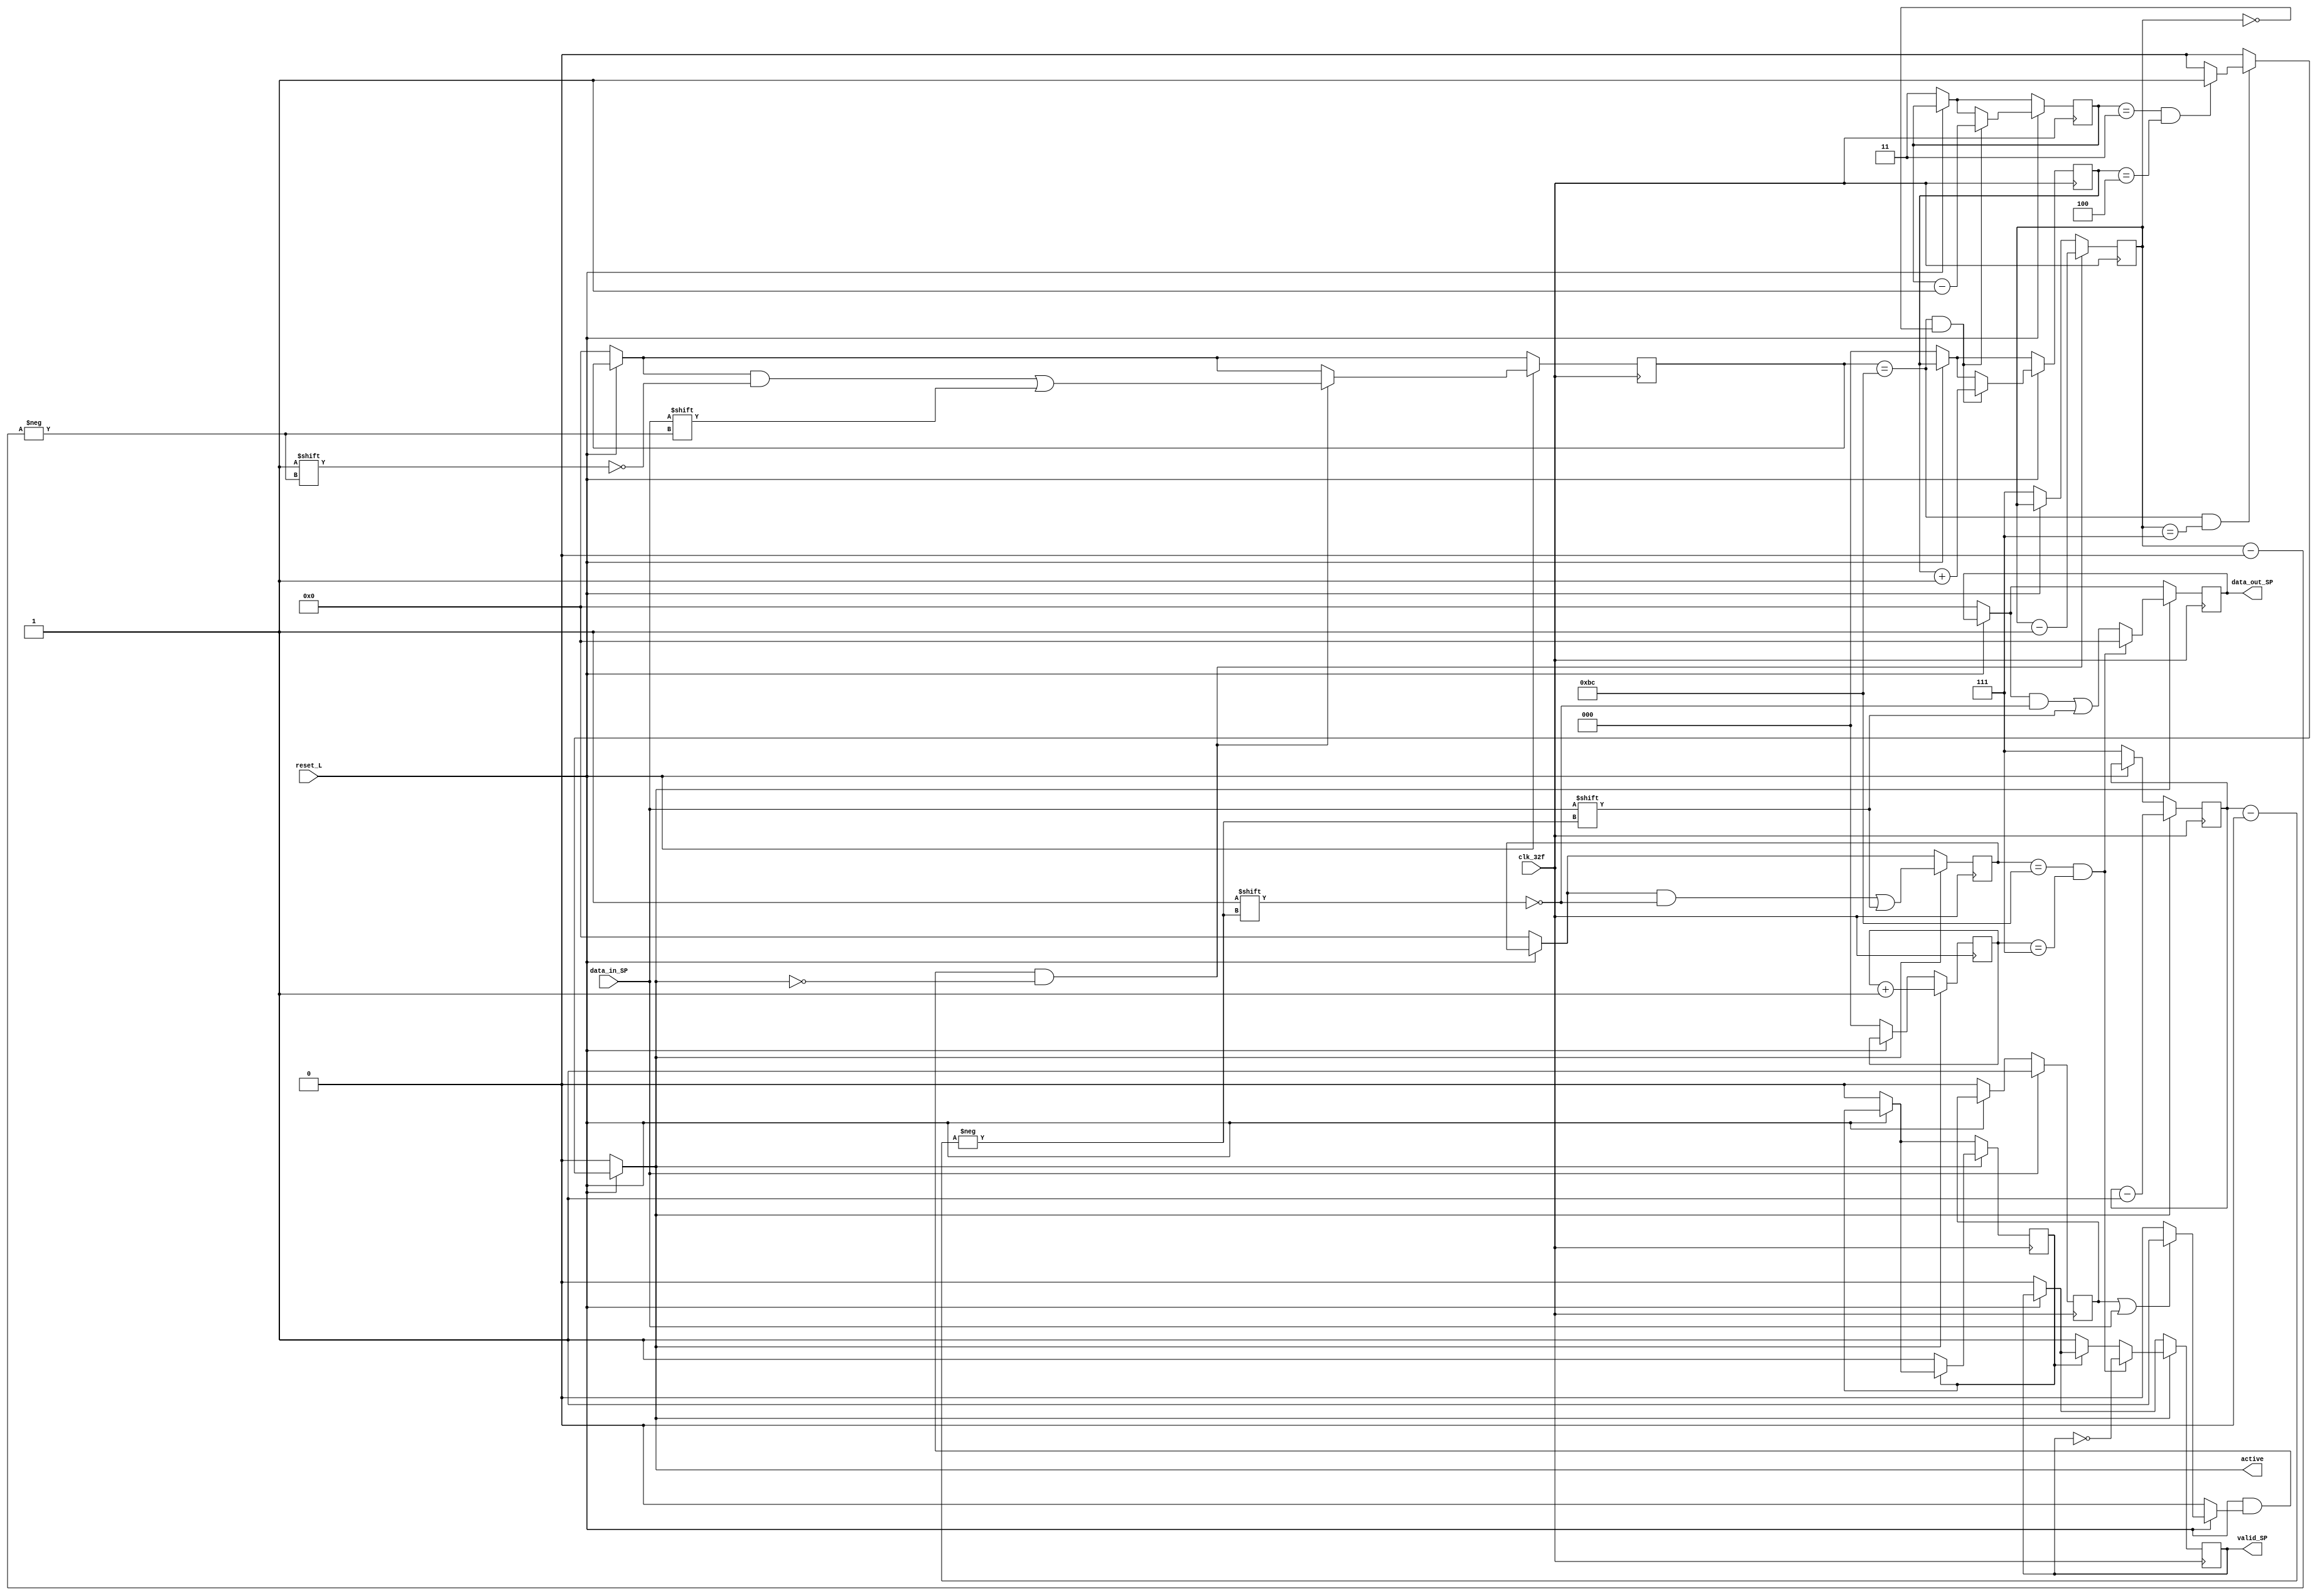
module Serial_Paralelo (
	output reg	[7:0] data_out_SP,
	output reg	valid_SP,
	output reg	active,
	input		clk_32f,
	input		data_in_SP,
	input 		reset_L);
	
	reg	[7:0] inic;
	reg	[7:0] inic2;
	reg	[1:0] cont;
	reg	[2:0] i;
	reg	[2:0] j;
	reg	[2:0] k;
	reg	flag;
	reg	flag2;
	reg	flagx;
	reg	Aux1;
	reg	[2:0] flag3;
	
always @ (*) begin 

	
	active = 'b0; flagx = 'b0;//cont = 'b11; flag3 = 'b0; flagx = 'b0; inic2 = 'b0; inic='b0; 
	
	
	if (reset_L == 1) begin
	
		if ((flag2 == 1) | (data_in_SP == 1))
			flagx = 'b1;
			
		if ((inic2 == 'b10111100) & (j =='b111)) begin 
			if ( (cont == 'b11) & (flag3 == 'b100) & (active == 0))
			active = 'b1;
		end		
	end
end


	always @ (posedge clk_32f) begin  

	if (reset_L == 0) begin
	cont <= 'b11; flag3 <= 'b0; /*flagx <= 'b0;*/ inic2 <= 'b0; inic<='b0;
	
	i<='b111; k<='b000; j<='b111; flag2<='b0; Aux1<='b0;
	data_out_SP<='b0; valid_SP<='b0; /*active <= 'b0;*/
	end  
	
	
	if (reset_L == 1) begin
	
		/*if ((flag2 == 1) | (data_in_SP == 1))
			flagx <= 'b1;*/
	
		if ((inic2 == 'b10111100) & (j =='b000)) begin 
			cont <=cont -1;
			flag3 <= flag3 +1;
			/*if ( (cont == 'b11) & (flag3 == 'b100) & (active == 0))
			active <= 'b1;*/
		end

		
		
		if ((reset_L == 1) & (flagx == 1) & (active == 0))
			inic2[j] <= data_in_SP;	
	end
	
	
	if (data_in_SP == 'b1)
		flag2 <= 'b1;   //Boton
		
	if ((reset_L == 1) & (flagx == 1) & (active == 0))
		j <= j - 1;
	
	if ( active == 'b1) begin
		i <= i - 1;
		k <= k + 1;
		
		inic[i] <= data_in_SP;
		data_out_SP[i] <= data_in_SP;
				
		//if ((inic != 'b10111100) & (k == 'b111)) begin
		
			//data_out_SP <= data_out_SP;
			if (Aux1==0) begin       //Boton
				valid_SP <= 'b1;
				Aux1<= 'b1;
			end
		//end
		
		if ((inic == 'b10111100) & (k == 'b111)) begin
		
			data_out_SP <= 'b0;  //Quitar esta sentencia si se quiere que pase el BC
			valid_SP <= ~valid_SP;
		end
	end
end	
endmodule